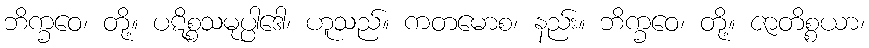
ဘိက္ခဝေ၊ တို့။ ပဋိစ္စသမုပ္ပါဒေါ၊ ဟူသည်။ ကတမောစ၊ နည်း။ ဘိက္ခဝေ၊ တို့။ ဇာတိစ္စယာ၊